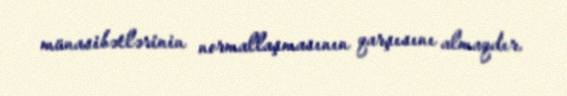
münasibətlərinin normallaşmasının qarşısını almaqdır.